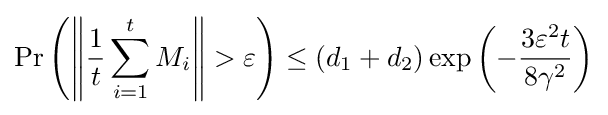
\Pr \left(\left\|{\frac {1}{t}}\sum _{i=1}^{t}M_{i}\right\|>\varepsilon \right)\leq (d_{1}+d_{2})\exp \left(-{\frac {3\varepsilon ^{2}t}{8\gamma ^{2}}}\right)